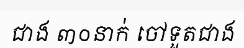
ជាង ៣០នាក់ ចៅទួតជាង